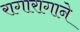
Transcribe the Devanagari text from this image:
रागारागाने